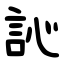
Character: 訫